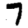
Digit: 7